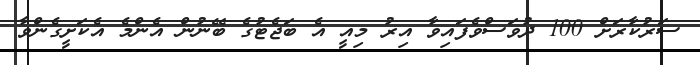
ސަރުކާރަށް 100 ދުވަސްވެފައިވާ އިރު މިއީ އެ ބަޖެޓުގެ ބޭނުން އެންމެ އެކަށީގެންވާ